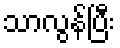
သာလွန်ပြီး